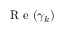
\mathrm { ~ R ~ e ~ } ( \gamma _ { k } )